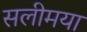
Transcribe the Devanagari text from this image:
सलीमया